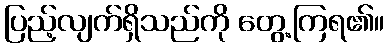
ပြည့်လျက်ရှိသည်ကို တွေ့ကြရ၏။